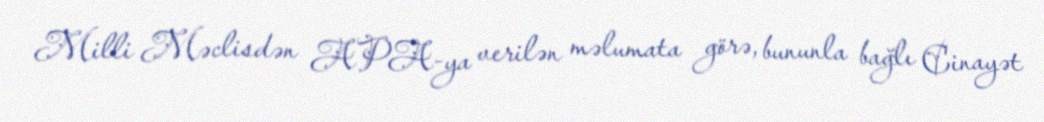
Milli Məclisdən APA-ya verilən məlumata görə, bununla bağlı Cinayət